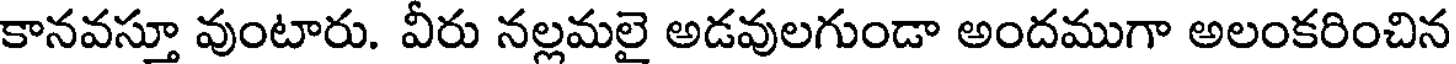
కానవస్తూ వుంటారు. వీరు నల్లమలై అడవులగుండా అందముగా అలంకరించిన